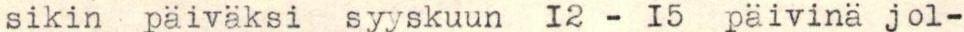
sikin päiväksi syyskuun 12 - 15 päivinä jol-